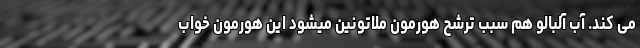
می کند. آب آلبالو هم سبب ترشح هورمون ملاتونین میشود این هورمون خواب